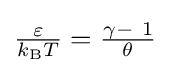
{\textstyle {\frac {\varepsilon }{k_{\text{B}}T}}={\frac {\gamma -\ 1}{\theta }}}